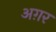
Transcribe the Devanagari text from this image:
अग़र